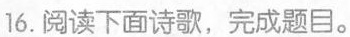
16.阅读下面诗歌，完成题目。